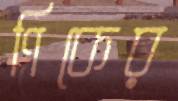
ণিকের